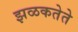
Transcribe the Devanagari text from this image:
झळकतेते